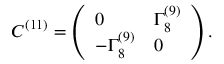
C ^ { ( 1 1 ) } = \left( \begin{array} { l l } { { 0 } } & { { \Gamma _ { 8 } ^ { ( 9 ) } } } \\ { { - \Gamma _ { 8 } ^ { ( 9 ) } } } & { { 0 } } \end{array} \right) .